Indian journal of veterinary science and animal husbandry - Volume 3,
Year: 1933
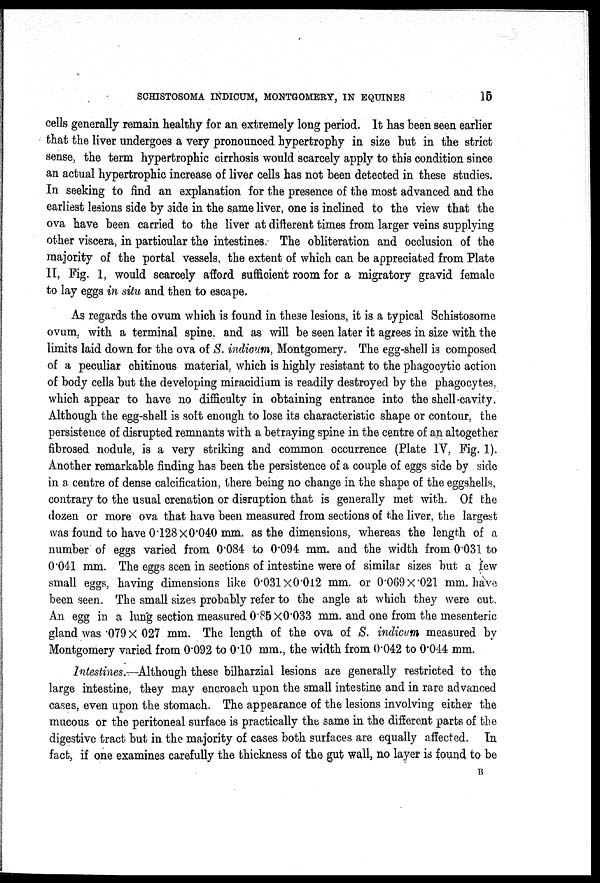
SCHISTOSOMA INDICUM, MONTGOMERY, IN EQUINES
15
cells generally remain healthy for an extremely long period. It has been seen earlier
that the liver undergoes a very pronounced hypertrophy in size but in the strict
sense, the term hypertrophic cirrhosis would scarcely apply to this condition since
an actual hypertrophic increase of liver cells has not been detected in these studies.
In seeking to find an explanation for the presence of the most advanced and the
earliest lesions side by side in the same liver, one is inclined to the view that the
ova have been carried to the liver at different times from larger veins supplying
other viscera, in particular the intestines. The obliteration and occlusion of the
majority of the portal vessels, the extent of which can be appreciated from Plate
II, Fig. I, would scarcely afford sufficient room for a migratory gravid female
to lay eggs in situ and then to escape.
As regards the ovum which is found in these lesions, it is a typical Schistosome
ovum, with a terminal spine, and as will be seen later it agrees in size with the
limits laid down for the ova of S. indicum, Montgomery. The egg-shell is composed
of a peculiar chitinous material, which is highly resistant to the phagocytic action
of body cells but the developing miracidium is readily destroyed by the phagocytes,
which appear to have no difficulty in obtaining entrance into the shell-cavity.
Although the egg-shell is soft enough to lose its characteristic shape or contour, the
persistence of disrupted remnants with a betraying spine in the centre of an altogether
fibrosed nodule, is a very striking and common occurrence (Plate IV, Fig. 1).
Another remarkable finding has been the persistence of a couple of eggs side by side
in a centre of dense calcification, there being no change in the shape of the eggshells,
contrary to the usual crenation or disruption that is generally met with. Of the
dozen or more ova that have been measured from sections of the liver, the largest
was found to have 0.128 × 0.040 mm. as the dimensions, whereas the length of a
number of eggs varied from 0.084 to 0.094 mm. and the width from 0.031 to
0.041 mm. The eggs seen in sections of intestine were of similar sizes but a few
small eggs, having dimensions like 0.031× 0.012 mm. or 0.069×.021 mm. have
been seen. The small sizes probably refer to the angle at which they were cut.
An egg in a lung section measured 0.85× 0.033 mm. and one from the mesenteric
gland was .079 × 027 mm. The length of the ova of S. indicum measured by
Montgomery varied from 0.092 to 0.10 mm., the width from 0.042 to 0.044 mm.
Intestines.—Although these bilharzial lesions are generally restricted to the
large intestine, they may encroach upon the small intestine and in rare advanced
cases, even upon the stomach. The appearance of the lesions involving either the
mucous or the peritoneal surface is practically the same in the different parts of the
digestive tract but in the majority of cases both surfaces are equally affected. In
fact, if one examines carefully the thickness of the gut wall, no layer is found to be
B